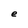
Character: e